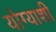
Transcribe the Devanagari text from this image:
योग्याशी